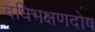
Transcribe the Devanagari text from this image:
दधिभक्षणदोष